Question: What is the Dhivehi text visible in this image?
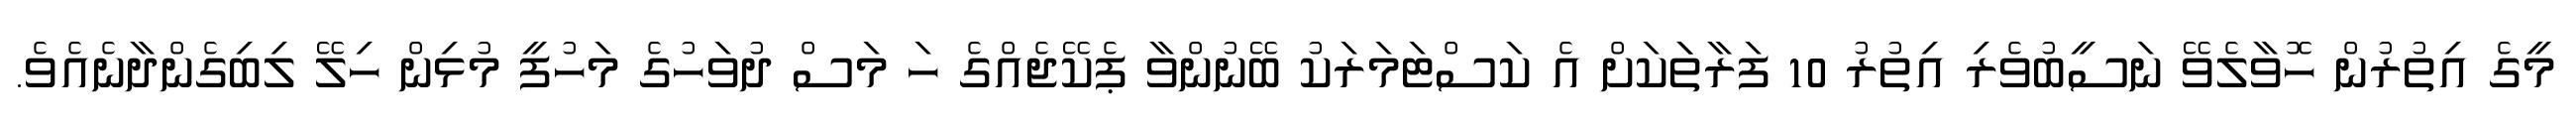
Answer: މީގެ އިތުރުން ހޮވާލެވޭ ނަސީބުވެރި އިތުރު 10 ފަރާތަަކަށް އެ ކަސްޓަމަރަކު ބޭނުންވާ ޕެކޭޖެއްގެ ހަ މަސް ދުވަހުގެ މަހުފީ މުޅިން ހިލޭ ލިބިގެންދާނެއެވެ.